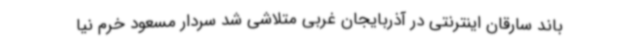
باند سارقان اینترنتی در آذربایجان غربی متلاشی شد سردار مسعود خرم نیا